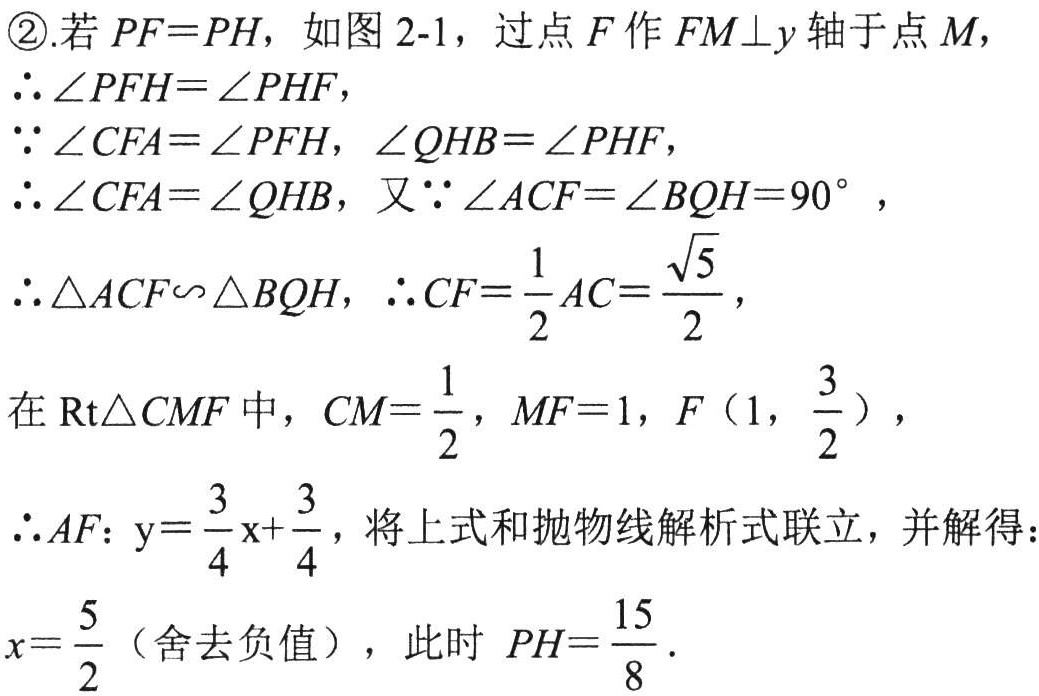
\textcircled{2}.若\(PF = PH\)，如图2-1，过点\(F\)作\(FM\perp y\)轴于点\(M\)，
\(\therefore\angle PFH=\angle PHF\)，
\(\because\angle CFA=\angle PFH\)，\(\angle QHB=\angle PHF\)，
\(\therefore\angle CFA=\angle QHB\)，又\(\because\angle ACF=\angle BQH = 90^{\circ}\) ，
\(\therefore\triangle ACF\backsim\triangle BQH\)，\(\therefore CF=\frac{1}{2}AC=\frac{\sqrt{5}}{2}\)，
在\(\text{Rt}\triangle CMF\)中，\(CM=\frac{1}{2}\)，\(MF = 1\)，\(F\left(1,\frac{3}{2}\right)\)，
\(\therefore AF\)：\(y = \frac{3}{4}x+\frac{3}{4}\)，将上式和抛物线解析式联立，并解得：
\(x=\frac{5}{2}\)（舍去负值），此时 \(PH=\frac{15}{8}\)．